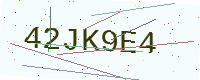
Text: 42JK9E4